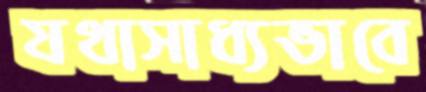
যথাসাধ্যভাবে